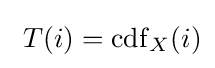
\ T(i)=\operatorname {cdf} _{X}(i)